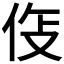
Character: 𫢛